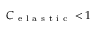
C _ { \mathrm { ~ e ~ l ~ a ~ s ~ t ~ i ~ c ~ } } < 1